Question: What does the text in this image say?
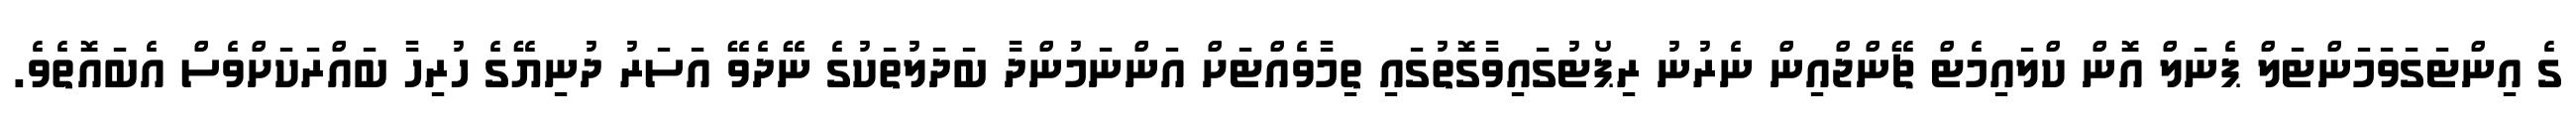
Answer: ގެ އިންޓަގަވަމަންޓަލް ޕެނަލް އޮން ކްލައިމެޓް ޗޭންޖްއިން ނެރުނު ރިޕޯޓުގައިވާގޮތުގައި ތިމާވެއްޓަށް އަންނަމުންދާ ބަދަލުތަކުގެ ނޭދެވޭ އަސަރު ދުނިޔޭގެ ހުރިހާ ބައްރަކަށްވެސް އެބައޮތެވެ.